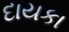
દાયકા